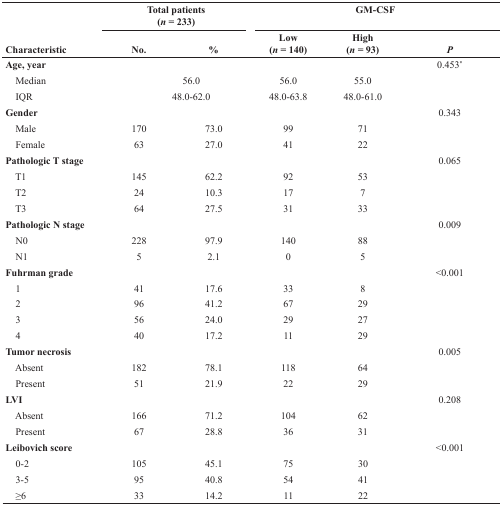
<table><thead><tr><td rowspan="2"><b>Characteristic</b></td><td colspan="2"><b>Total patients(<i>n</i> = 233)</b></td><td colspan="3"><b>GM-CSF</b></td></tr><tr><td><b>No.</b></td><td><b>%</b></td><td><b>Low(<i>n</i> = 140)</b></td><td><b>High(<i>n</i> = 93)</b></td><td><b><i>P</i></b></td></tr></thead><tbody><tr><td><b>Age, year</b></td><td></td><td></td><td></td><td></td><td>0.453*</td></tr><tr><td> Median</td><td colspan="2"> 56.0</td><td>56.0</td><td>55.0</td><td></td></tr><tr><td> IQR</td><td colspan="2"> 48.0-62.0</td><td>48.0-63.8</td><td>48.0-61.0</td><td></td></tr><tr><td><b>Gender</b></td><td></td><td></td><td></td><td></td><td>0.343</td></tr><tr><td> Male</td><td>170</td><td>73.0</td><td>99</td><td>71</td><td></td></tr><tr><td> Female</td><td>63</td><td>27.0</td><td>41</td><td>22</td><td></td></tr><tr><td><b>Pathologic T stage</b></td><td></td><td></td><td></td><td></td><td>0.065</td></tr><tr><td> T1</td><td>145</td><td>62.2</td><td>92</td><td>53</td><td></td></tr><tr><td> T2</td><td>24</td><td>10.3</td><td>17</td><td>7</td><td></td></tr><tr><td> T3</td><td>64</td><td>27.5</td><td>31</td><td>33</td><td></td></tr><tr><td><b>Pathologic N stage</b></td><td></td><td></td><td></td><td></td><td>0.009</td></tr><tr><td> N0</td><td>228</td><td>97.9</td><td>140</td><td>88</td><td></td></tr><tr><td> N1</td><td>5</td><td>2.1</td><td>0</td><td>5</td><td></td></tr><tr><td><b>Fuhrman grade</b></td><td></td><td></td><td></td><td></td><td>&lt;0.001</td></tr><tr><td> 1</td><td>41</td><td>17.6</td><td>33</td><td>8</td><td></td></tr><tr><td> 2</td><td>96</td><td>41.2</td><td>67</td><td>29</td><td></td></tr><tr><td> 3</td><td>56</td><td>24.0</td><td>29</td><td>27</td><td></td></tr><tr><td> 4</td><td>40</td><td>17.2</td><td>11</td><td>29</td><td></td></tr><tr><td><b>Tumor necrosis</b></td><td></td><td></td><td></td><td></td><td>0.005</td></tr><tr><td> Absent</td><td>182</td><td>78.1</td><td>118</td><td>64</td><td></td></tr><tr><td> Present</td><td>51</td><td>21.9</td><td>22</td><td>29</td><td></td></tr><tr><td><b>LVI</b></td><td></td><td></td><td></td><td></td><td>0.208</td></tr><tr><td> Absent</td><td>166</td><td>71.2</td><td>104</td><td>62</td><td></td></tr><tr><td> Present</td><td>67</td><td>28.8</td><td>36</td><td>31</td><td></td></tr><tr><td><b>Leibovich score</b></td><td></td><td></td><td></td><td></td><td>&lt;0.001</td></tr><tr><td> 0-2</td><td>105</td><td>45.1</td><td>75</td><td>30</td><td></td></tr><tr><td> 3-5</td><td>95</td><td>40.8</td><td>54</td><td>41</td><td></td></tr><tr><td> ≥6</td><td>33</td><td>14.2</td><td>11</td><td>22</td><td></td></tr></tbody></table>